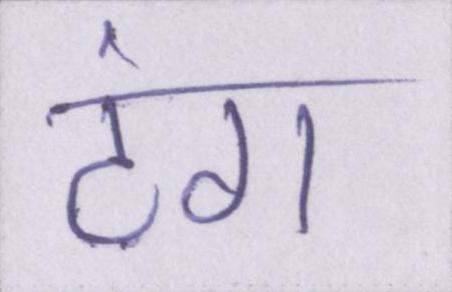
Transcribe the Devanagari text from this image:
टंग